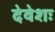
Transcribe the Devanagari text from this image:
देवेशः